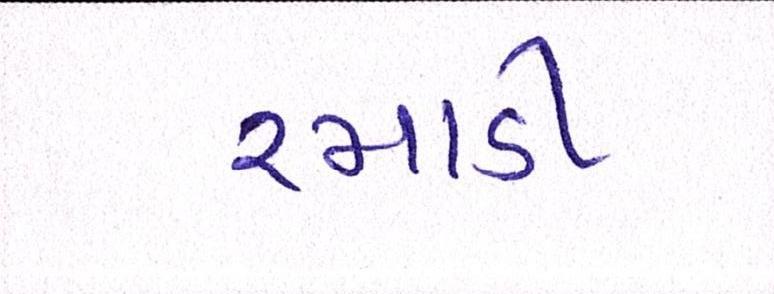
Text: રમાડી